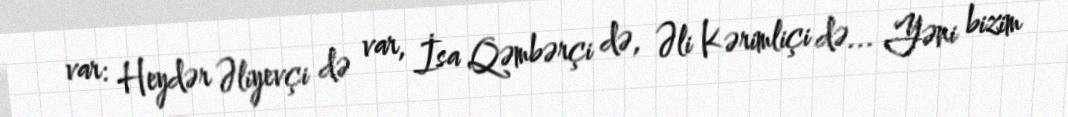
var: Heydər Əliyevçi də var, İsa Qəmbərçi də, Əli Kərimliçi də... Yəni bizim